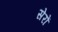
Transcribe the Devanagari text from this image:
सेरों